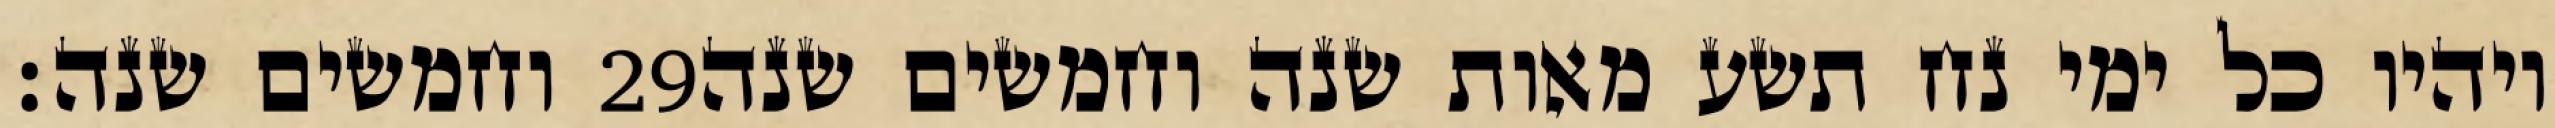
וחמשים שנה׃ ‎29‏ ויהיו כל ימי נח תשע מאות שנה וחמשים שנה